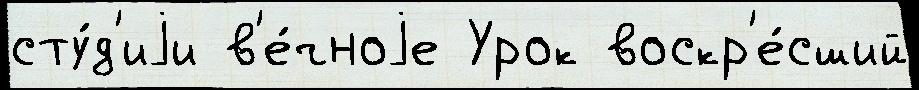
сту́д'иjи в'е́чноjе Урок воскр'е́сший